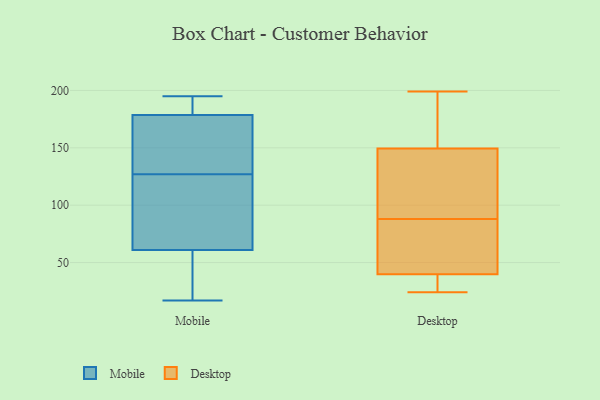
{"axis": {"x": "Inventory Turnover", "y": "Value"}, "legend": ["Desktop", "Mobile"], "data": [{"x": "", "y": 172, "type": "Mobile"}, {"x": "", "y": 76, "type": "Mobile"}, {"x": "", "y": 185, "type": "Mobile"}, {"x": "", "y": 168, "type": "Mobile"}, {"x": "", "y": 26, "type": "Mobile"}, {"x": "", "y": 17, "type": "Mobile"}, {"x": "", "y": 127, "type": "Mobile"}, {"x": "", "y": 188, "type": "Mobile"}, {"x": "", "y": 195, "type": "Mobile"}, {"x": "", "y": 46, "type": "Mobile"}, {"x": "", "y": 82, "type": "Mobile"}, {"x": "", "y": 127, "type": "Mobile"}, {"x": "", "y": 29, "type": "Desktop"}, {"x": "", "y": 36, "type": "Desktop"}, {"x": "", "y": 162, "type": "Desktop"}, {"x": "", "y": 199, "type": "Desktop"}, {"x": "", "y": 88, "type": "Desktop"}, {"x": "", "y": 106, "type": "Desktop"}, {"x": "", "y": 24, "type": "Desktop"}, {"x": "", "y": 112, "type": "Desktop"}, {"x": "", "y": 64, "type": "Desktop"}, {"x": "", "y": 51, "type": "Desktop"}, {"x": "", "y": 166, "type": "Desktop"}]}